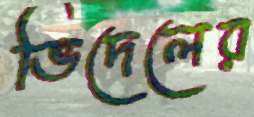
ভিদেলের